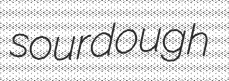
sourdough